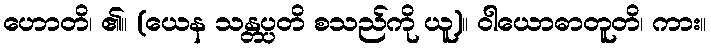
ဟောတိ၊ ၏။ (ယေန သန္တပ္ပတိ စသည်ကို ယူ)။ ဝါယောဓာတူတိ၊ ကား။